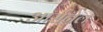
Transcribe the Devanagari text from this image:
आर्सनेल